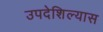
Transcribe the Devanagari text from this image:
उपदेशिल्यास